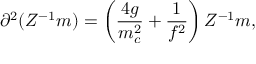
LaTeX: \partial ^ { 2 } ( Z ^ { - 1 } m ) = \left( \frac { 4 g } { m _ { c } ^ { 2 } } + \frac { 1 } { f ^ { 2 } } \right) Z ^ { - 1 } m ,